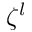
\zeta ^ { l }